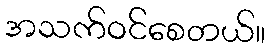
အသက်ဝင်စေတယ်။